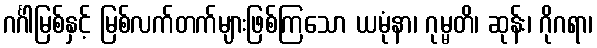
ဂင်္ဂါမြစ်နှင့် မြစ်လက်တက်များဖြစ်ကြသော ယမုံနာ၊ ဂုမ္မတိ၊ ဆုန်း၊ ဂိုဂရာ၊